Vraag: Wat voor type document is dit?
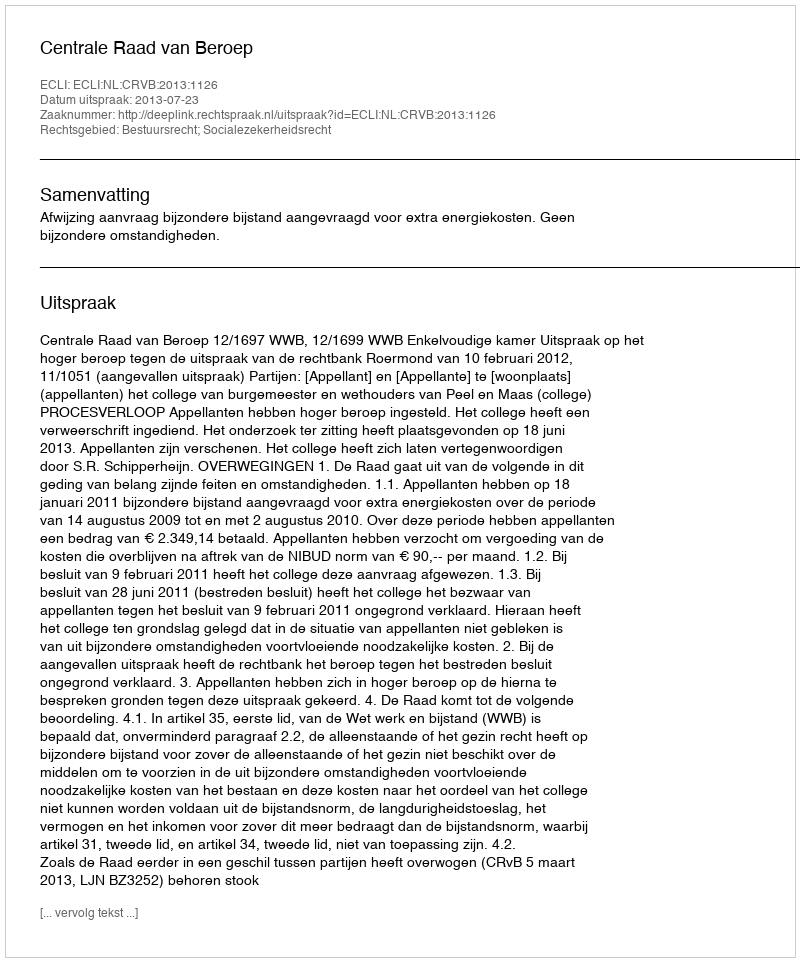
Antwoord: Uitspraak